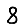
Digit: 8